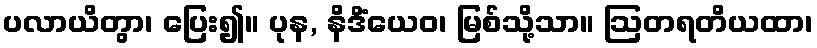
ပလာယိတွာ၊ ပြေး၍။ ပုန, နိဒိံယေဝ၊ မြစ်သို့သာ။ ဩတရတိယထာ၊